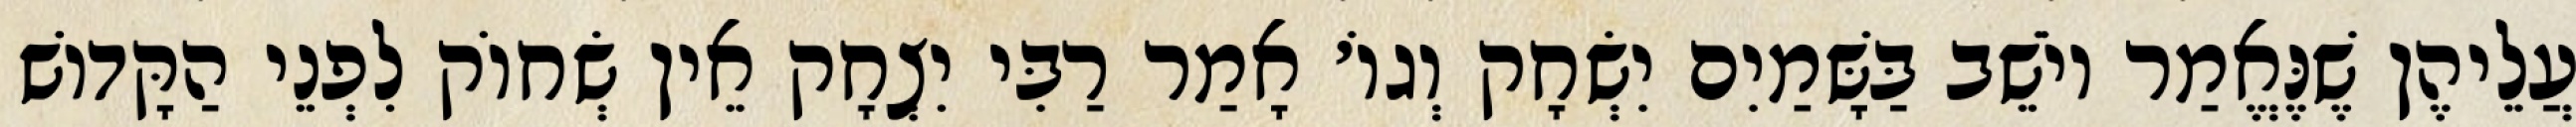
עֲלֵיהֶן שֶׁנֶּאֱמַר יוֹשֵׁב בַּשָּׁמַיִם יִשְׂחָק וְגוֹ׳ אָמַר רַבִּי יִצְחָק אֵין שְׂחוֹק לִפְנֵי הַקָּדוֹשׁ